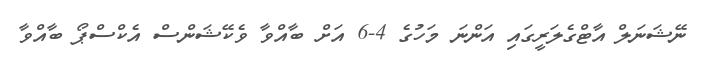
ނޭޝަނަލް އާޓްގެލަރީގައި އަންނަ މަހުގެ 4-6 އަށް ބާއްވާ ވެކޭޝަންސް އެކްސްޕޯ ބާއްވާ